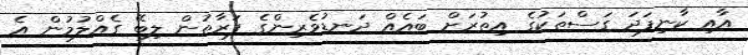
އާއި ކާނިފަދަ ގަސްތަކުގެ އިތުރަށް ބައެއް ދަނޑުވެރިންގެ ފަރާތުން ލިބޭ ގެއްލުމުން އެ